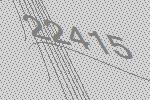
22415